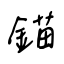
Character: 錨